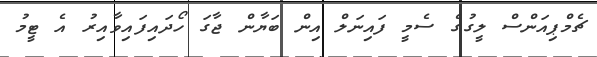
ޗެމްޕިއަންސް ލީގުގެ ސެމީ ފައިނަލް އިން ބަޔާން ޖާގަ ހޯދައިފައިވާއިރު އެ ޓީމު